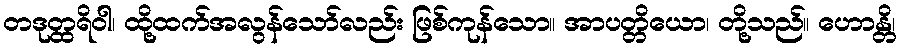
တဒုတ္ထရိဝါ၊ ထို့ထက်အလွန်သော်လည်း ဖြစ်ကုန်သော။ အာပတ္တိယော၊ တို့သည်။ ဟောန္တိ၊